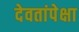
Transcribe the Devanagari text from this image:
देवतांपेक्षा